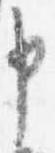
申